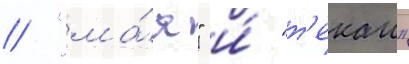
// "ма́я" и́ "т'екаи"